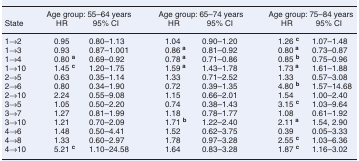
|  | <COLSPAN=2> Age group: 55–64 years | <COLSPAN=2> Age group: 65–74 years | <COLSPAN=2> Age group: 75–84 years |
 | State | HR | 95% CI | HR | 95% CI | HR | 95% CI |
 | --- | --- | --- | --- | --- | --- | --- |
 | 1→2 | 0.95 | 0.80–1.13 | 1.04 | 0.90–1.20 | 1.26 c | 1.07–1.48 |
 | 1→3 | 0.93 | 0.87–1.001 | 0.86 a | 0.81–0.92 | 0.80 a | 0.73–0.87 |
 | 1→4 | 0.80 a | 0.69–0.92 | 0.78 a | 0.71–0.86 | 0.85 b | 0.75–0.96 |
 | 1→10 | 1.45 c | 1.20–1.75 | 1.59 a | 1.43–1.78 | 1.73 a | 1.61–1.88 |
 | 2→5 | 0.63 | 0.35–1.14 | 1.33 | 0.71–2.52 | 1.33 | 0.57–3.08 |
 | 2→6 | 0.80 | 0.34–1.90 | 0.72 | 0.39–1.35 | 4.80 b | 1.57–14.68 |
 | 2→10 | 2.24 | 0.55–9.08 | 1.15 | 0.66–2.01 | 1.54 | 1.00–2.40 |
 | 3→5 | 1.05 | 0.50–2.20 | 0.74 | 0.38–1.43 | 3.15 c | 1.03–9.64 |
 | 3→7 | 1.27 | 0.81–1.99 | 1.18 | 0.78–1.77 | 1.08 | 0.61–1.92 |
 | 3→10 | 1.21 | 0.70–2.09 | 1.71 b | 1.22–2.40 | 2.11 a | 1.54, 2.90 |
 | 4→6 | 1.48 | 0.50–4.41 | 1.52 | 0.62–3.75 | 0.39 | 0.05–3.33 |
 | 4→8 | 1.33 | 0.60–2.97 | 1.78 | 0.97–3.28 | 2.55 c | 1.03–6.36 |
 | 4→10 | 5.21 c | 1.10–24.58 | 1.64 | 0.83–3.28 | 1.87 c | 1.16–3.02 |